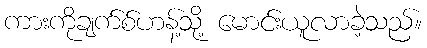
ကားကိုချက်စ်ဟန့်သို့ မောင်းယူလာခဲ့သည်။